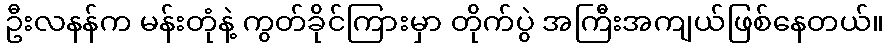
ဦးလနန်က မန်းတုံနဲ့ ကွတ်ခိုင်ကြားမှာ တိုက်ပွဲ အကြီးအကျယ်ဖြစ်နေတယ်။